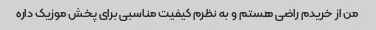
من از خریدم راضی هستم و به نظرم کیفیت مناسبی برای پخش موزیک داره